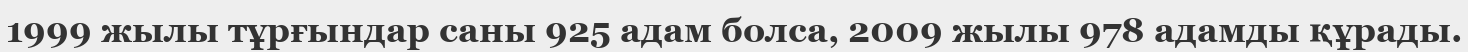
1999 жылы тұрғындар саны 925 адам болса, 2009 жылы 978 адамды құрады.